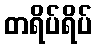
တရိပ်ရိပ်